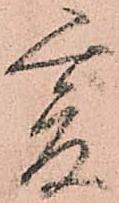
爰